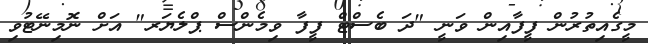
މީގެއިތުރުން ފީފާއިން ވަނީ "ދަ ބެސްޓް ފީފާ ވިމެންސް ޕްލެޔަރ" އަށް ނޮމިނޭޓުވި